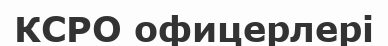
КСРО офицерлері